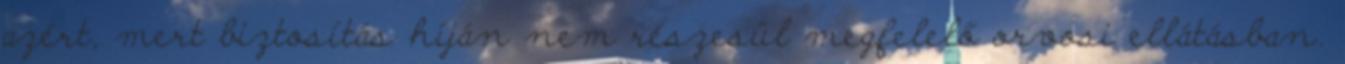
azért, mert biztosítás híján nem részesül megfelelő orvosi ellátásban.